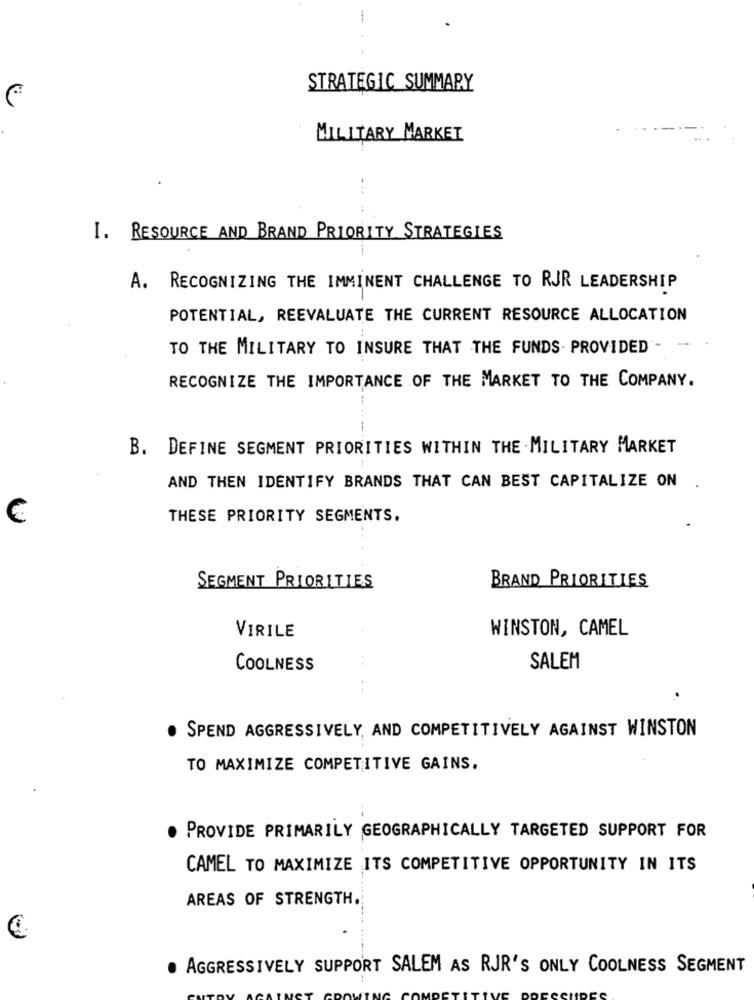
STRATEGIC_SUMMARY
MILITARY MARKET
I. RESOURCE AND BRAND PRIORITY STRATEGIES
A. RECOGNIZING THE IMMINENT CHALLENGE TO RJR LEADERSHIP
POTENTIAL, REEVALUATE THE CURRENT RESOURCE ALLOCATION
TO THE MILITARY TO INSURE THAT THE FUNDS. PROVIDED
RECOGNIZE THE IMPORTANCE OF THE MARKET TO THE COMPANY.
B. DEFINE SEGMENT PRIORITIES WITHIN THE . MILITARY MARKET
AND THEN IDENTIFY BRANDS THAT CAN BEST CAPITALIZE ON
€
THESE PRIORITY SEGMENTS.
SEGMENT PRIORITIES
BRAND PRIORITIES
VIRILE
WINSTON, CAMEL
..
COOLNESS
SALEM
.
SPEND AGGRESSIVELY, AND COMPETITIVELY AGAINST WINSTON
TO MAXIMIZE COMPETITIVE GAINS.
PROVIDE PRIMARILY GEOGRAPHICALLY TARGETED SUPPORT FOR
CAMEL TO MAXIMIZE ITS COMPETITIVE OPPORTUNITY IN ITS
AREAS OF STRENGTH.
AGGRESSIVELY SUPPORT SALEM AS RJR'S ONLY COOLNESS SEGMENT